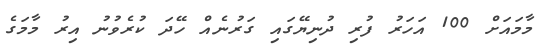
މާމައަށް 100 އަހަރު ފުރި ދުނިޔޭގައި ގަރުނެއް ހޭދަ ކުރެވުނު އިރު މާމަގެ